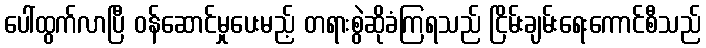
ပေါ်ထွက်လာပြီ ဝန်ဆောင်မှုပေးမည့် တရားစွဲဆိုခံကြရသည် ငြိမ်းချမ်းရေးကောင်စီသည်